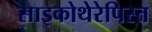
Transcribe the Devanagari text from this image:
साइकोथेरेपिस्त